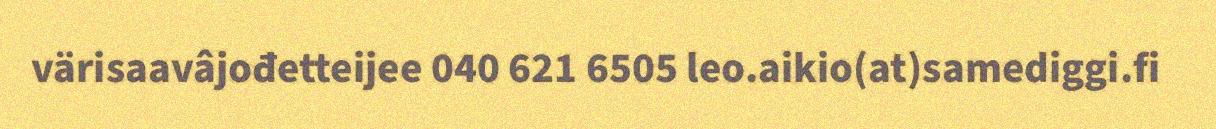
värisaavâjođetteijee 040 621 6505 leo.aikio(at)samediggi.fi